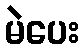
မဲပေး